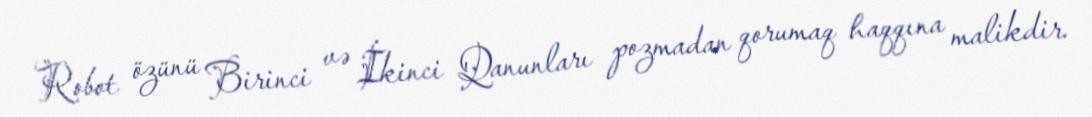
Robot özünü Birinci və İkinci Qanunları pozmadan qorumaq haqqına malikdir.